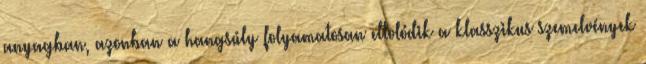
anyagban, azonban a hangsúly folyamatosan eltolódik a klasszikus szemelvények